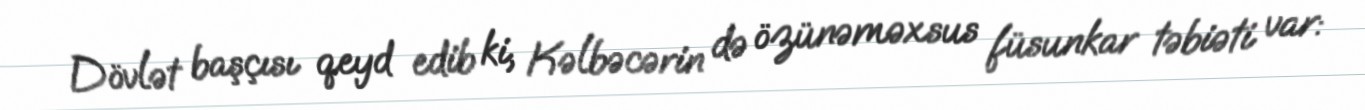
Dövlət başçısı qeyd edib ki, Kəlbəcərin də özünəməxsus füsunkar təbiəti var: